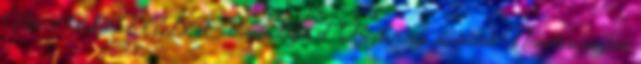
Német Autóklub ADAC oldala látja el. Biztonsági előírások Németországban